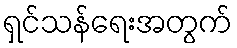
ရှင်သန်ရေးအတွက်